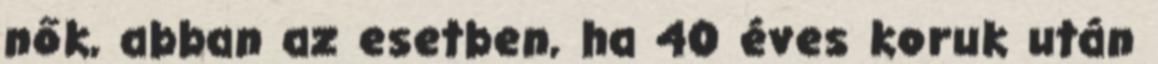
nők, abban az esetben, ha 40 éves koruk után